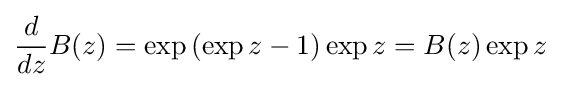
{\frac {d}{dz}}B(z)=\exp \left(\exp z-1\right)\exp z=B(z)\exp z